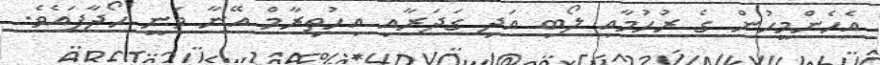
އެހެންމީހުން ގެ ރުހުމާއި ލޯބި އަދި ގަދަރާއި އިހުތިރާމް އޭނާ ވަނީ ހޯދާފައެވެ.